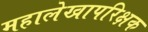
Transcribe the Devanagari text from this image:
महालेखापरिक्षक